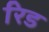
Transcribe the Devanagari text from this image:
रिड